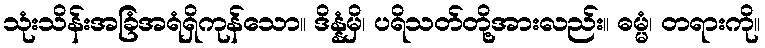
သုံးသိန်းအခြံအရံရှိကုန်သော။ ဒိန္နံမှိ၊ ပရိသတ်တို့အားလည်း။ ဓမ္မံ၊ တရားကို။